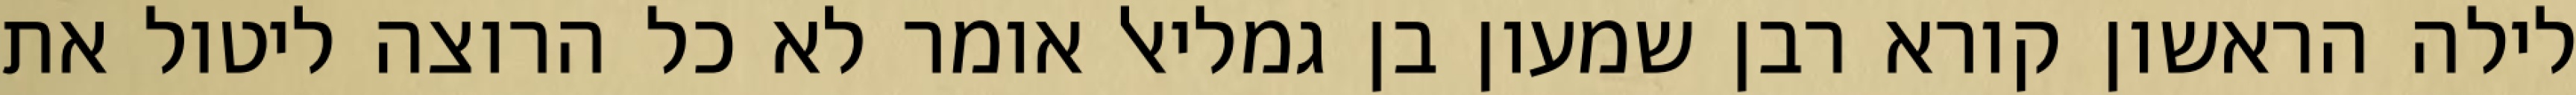
לילה הראשון קורא רבן שמעון בן גמליאל אומר לא כל הרוצה ליטול את